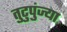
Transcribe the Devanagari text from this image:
तुटुपुंज्या